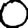
Digit: 0